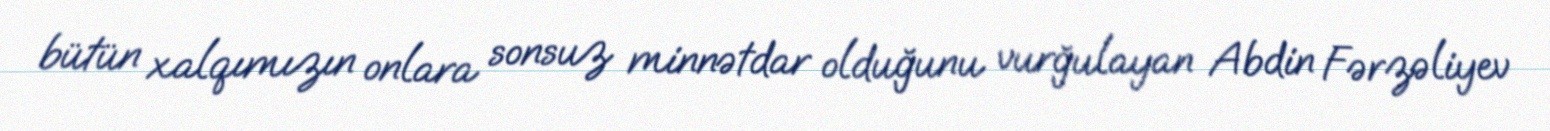
bütün xalqımızın onlara sonsuz minnətdar olduğunu vurğulayan Abdin Fərzəliyev